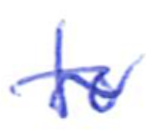
Text: to
Cross-out: wave
Writing tool: ballpoint